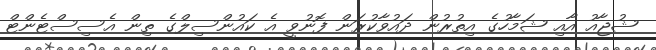
ޝުޖާއު އާއި ޝަމާހުގެ އިތުރުން ދައުވާކުރަން ފޮނުވީ އެ ކައުންސިލްގެ ތިން އެސިސްޓެންޓް